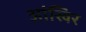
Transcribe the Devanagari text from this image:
आंखिर